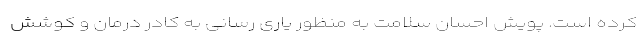
کرده است. پویش احسان سلامت به منظور یاری رسانی به کادر درمان و کوشش